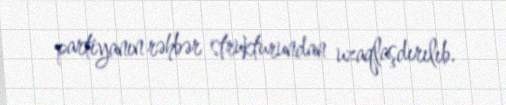
partiyanın rəhbər strukturundan uzaqlaşdırılıb.